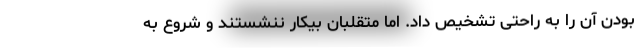
بودن آن را به راحتی تشخیص داد. اما متقلبان بیکار ننشستند و شروع به